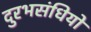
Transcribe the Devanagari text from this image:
दुरभसंधियों